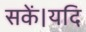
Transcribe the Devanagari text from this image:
सकें।यदि